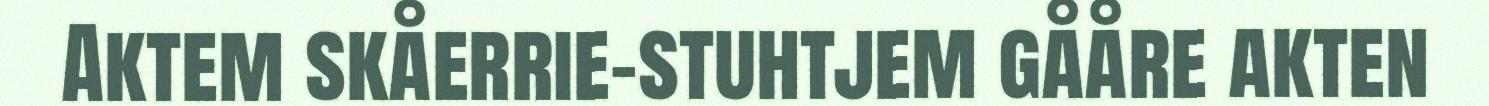
Aktem skåerrie-stuhtjem gååre akten